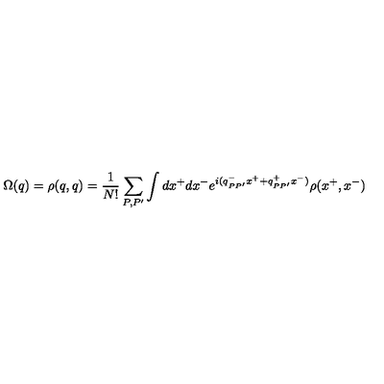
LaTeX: \Omega ( q ) = \rho ( q , q ) = \frac 1 { N ! } \sum _ { P , P ^ { \prime } } \int d x ^ { + } d x ^ { - } e ^ { i ( q _ { P P ^ { \prime } } ^ { - } x ^ { + } + q _ { P P ^ { \prime } } ^ { + } x ^ { - } ) } \rho ( x ^ { + } , x ^ { - } )